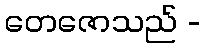
တေဇောသည် -